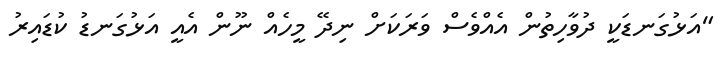
"އަޅުގަނޑަކީ ދުވާހިތުން އެއްވެސް ވަރަކަށް ނިދޭ މީހެއް ނޫން އެއީ އަޅުގަނޑު ކުޑައިރު